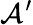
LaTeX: \mathcal{A}^{\prime}